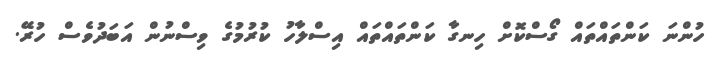
ހުންނަ ކަންތައްތައް ގޯސްކޮށް ހިނގާ ކަންތައްތައް އިސްލާހު ކުރުމުގެ ވިސްނުން އަބަދުވެސް ހުރޭ.